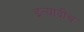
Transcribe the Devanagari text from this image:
इत्यादीच